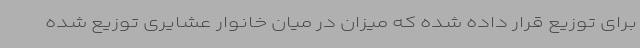
برای توزیع قرار داده شده که میزان در میان خانوار عشایری توزیع شده